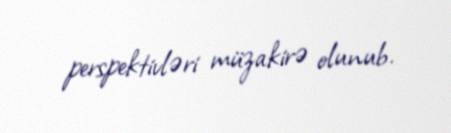
perspektivləri müzakirə olunub.